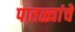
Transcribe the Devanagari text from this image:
पातळ्यांचे